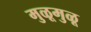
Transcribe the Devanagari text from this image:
मुळूमुळू